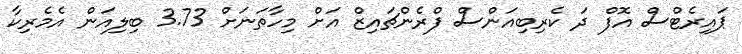
ޕައިރެޓްސް އޮފް ދަ ކެރިބިއަންސް ފްރެންޗައިޒް އަށް މިހާތަނަށް 3.73 ބިލިއަން އެމެރިކާ